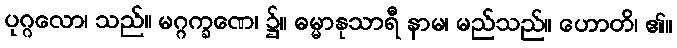
ပုဂ္ဂလော၊ သည်။ မဂ္ဂက္ခဏေ၊ ၌။ ဓမ္မာနုသာရီ နာမ၊ မည်သည်။ ဟောတိ၊ ၏။